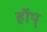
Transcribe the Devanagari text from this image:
हॉप्